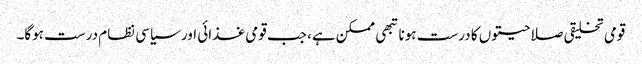
قومی تخلیقی صلاحیتوں کا درست ہونا تبھی ممکن ہے، جب قومی غذائی اور سیاسی نظام درست ہوگا۔